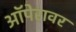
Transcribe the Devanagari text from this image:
ऑपेरावर